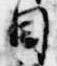
目